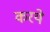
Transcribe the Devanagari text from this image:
करये